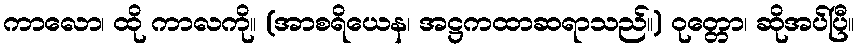
ကာလော၊ ထို ကာလကို။ (အာစရိယေန၊ အဋ္ဌကထာဆရာသည်။) ဝုတ္တော၊ ဆိုအပ်ပြီ။